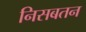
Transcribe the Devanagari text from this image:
निसबतन